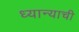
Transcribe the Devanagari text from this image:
ध्यान्याची